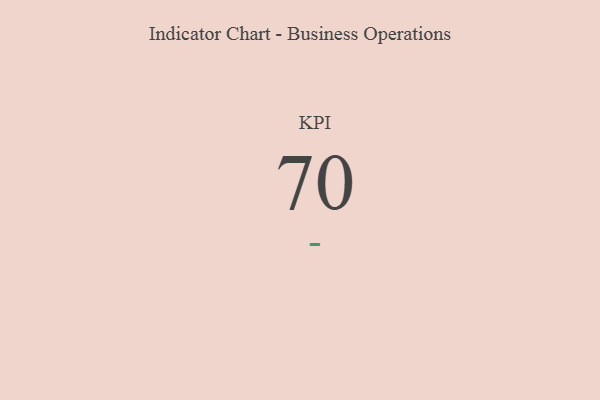
{"axis": {"x": "KPI", "y": "Value"}, "legend": [""], "data": [{"x": "KPI", "y": 70, "type": ""}]}